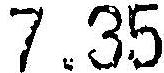
7.35